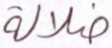
ضلالة